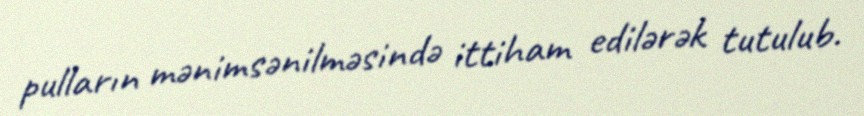
pulların mənimsənilməsində ittiham edilərək tutulub.